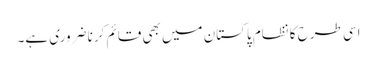
اسی طرح کا نظام پاکستان میں بھی قائم کرنا ضروری ہے۔